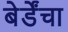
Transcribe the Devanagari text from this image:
बेर्डेंचा